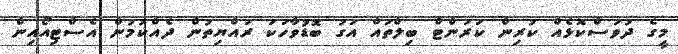
މީގެ ދުވަސްކޮޅެއް ކުރިން ކަަރަންޓް ބިލްތައް އަގު ބޮޑުވާހަކަ ރައްޔިތުން ދެއްކުމުން އެސްޓިއޯއިން